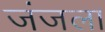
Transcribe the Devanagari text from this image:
जंजला